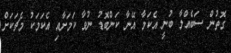
ގޮތުން ސަބެއްލާ ބުނީ އެކަމާ އޭނާ ކަންބޮޑު ނުވާ ކަމަށާއި އެކަމަކު މެޗަކަށް